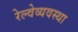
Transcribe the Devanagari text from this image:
रेल्वेव्यवस्था